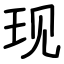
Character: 现